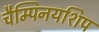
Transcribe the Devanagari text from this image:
चैम्पिनयशिप